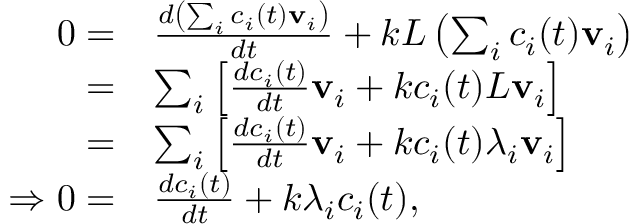
{ \begin{array} { r l } { 0 = } & { { \frac { d \left( \sum _ { i } c _ { i } ( t ) \mathbf { v } _ { i } \right) } { d t } } + k L \left( \sum _ { i } c _ { i } ( t ) \mathbf { v } _ { i } \right) } \\ { = } & { \sum _ { i } \left[ { \frac { d c _ { i } ( t ) } { d t } } \mathbf { v } _ { i } + k c _ { i } ( t ) L \mathbf { v } _ { i } \right] } \\ { = } & { \sum _ { i } \left[ { \frac { d c _ { i } ( t ) } { d t } } \mathbf { v } _ { i } + k c _ { i } ( t ) \lambda _ { i } \mathbf { v } _ { i } \right] } \\ { \Rightarrow 0 = } & { { \frac { d c _ { i } ( t ) } { d t } } + k \lambda _ { i } c _ { i } ( t ) , } \end{array} }